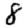
Digit: 8